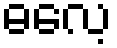
ဓလေ့